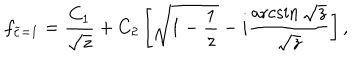
f _ { \widetilde c = 1 } = \frac { C _ { 1 } } { \sqrt { z } } + C _ { 2 } \left[ \sqrt { 1 - \frac { 1 } { z } } - i \frac { \operatorname { a r c s i n } { \sqrt { z } } } { \sqrt { z } } \right] ,